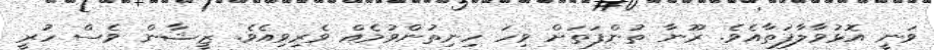
ވަނީ އޮޅުވާލާފަތާއެވެ. ރޫނާ ތުންފަތަށް ވިިހަ ހިނިތުންވުމެއް ވެރިވިއެވެ. ޒީޝާން ވެސް ހުރީ